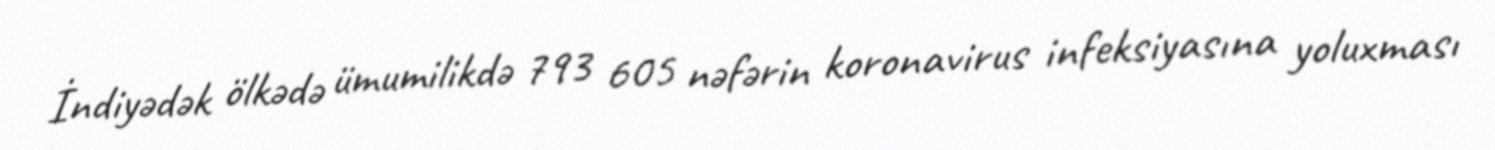
İndiyədək ölkədə ümumilikdə 793 605 nəfərin koronavirus infeksiyasına yoluxması